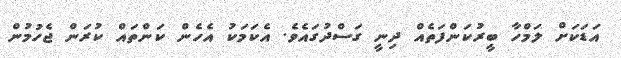
އަޑަކަށް ލަމްހާ ބީރުކަންފަތެއް ދިނީ ގަސްދުގައެވެ. އެކަމަކު އެހެން ކަންތައް ކުރަން ޖެހުމުން